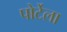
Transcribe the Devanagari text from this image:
पोर्टेला